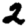
Digit: 2